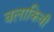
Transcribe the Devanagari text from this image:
वलाकिवी